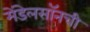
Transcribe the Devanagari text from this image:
मेंडेलसॉनची